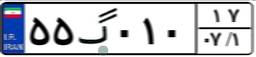
۵۵گ۰۱۰۱۷